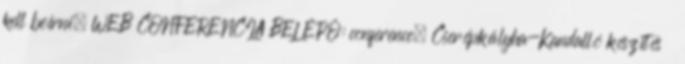
kell beírni. WEB CONFERENCIA BELÉPŐ: conference, Cserépkályha-Kandalló készítés